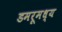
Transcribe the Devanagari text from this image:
डमरूमध्य